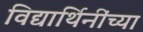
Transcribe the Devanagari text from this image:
विद्यार्थिनींच्या